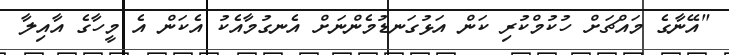
"އޭނާގެ މައްޗަށް ހުކުމްކުރި ކަން އަޅުގަނޑުމެންނަށް އެނގުމާއެކު އެކަން އެ މީހާގެ އާއިލާ